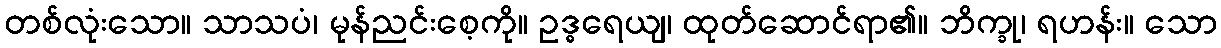
တစ်လုံးသော။ သာသပံ၊ မုန်ညင်းစေ့ကို။ ဥဒ္ဓရေယျ၊ ထုတ်ဆောင်ရာ၏။ ဘိက္ခု၊ ရဟန်း။ သော